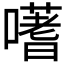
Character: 𭋦